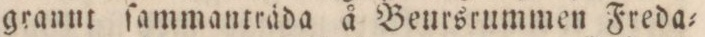
grannt ſammanträda å Beursrummen Freda=